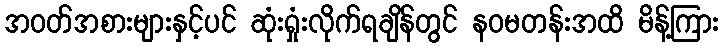
အဝတ်အစားများနှင့်ပင် ဆုံးရှုံးလိုက်ရချိန်တွင် နဝမတန်းအထိ မိန့်ကြား